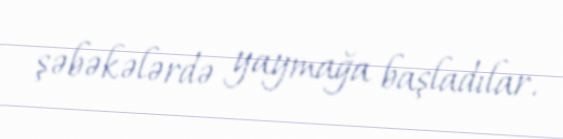
şəbəkələrdə yaymağa başladılar.